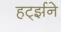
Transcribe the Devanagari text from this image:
हर्ट्झने